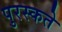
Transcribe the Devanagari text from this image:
पुरस्कते